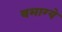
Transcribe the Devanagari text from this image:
वमाग्ये